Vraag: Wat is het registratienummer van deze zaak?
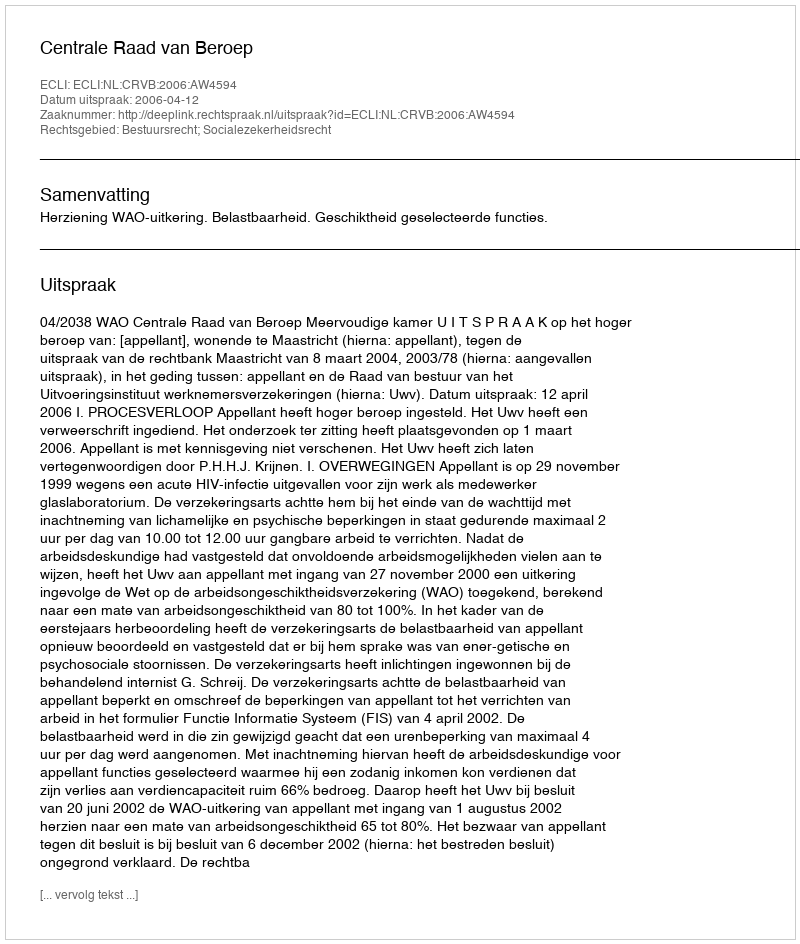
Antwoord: http://deeplink.rechtspraak.nl/uitspraak?id=ECLI:NL:CRVB:2006:AW4594